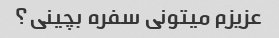
عزیزم میتونی سفره بچینی؟